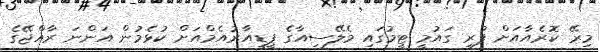
މިރޭ ކޮރެއާއަށް ފުރި ގައުމީ ޓީމުގައި މެލޭސިއާގެ ޕީޑީއާރުއެމްއަށް ކުޅެމުން އަންނަ ރާއްޖޭގެ